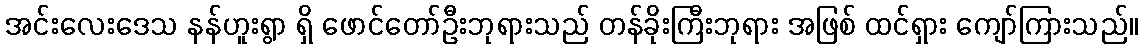
အင်းလေးဒေသ နန်ဟူးရွာ ရှိ ဖောင်တော်ဦးဘုရားသည် တန်ခိုးကြီးဘုရား အဖြစ် ထင်ရှား ကျော်ကြားသည်။